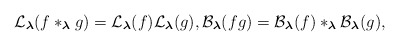
\begin{align*}\mathcal{L}_{\boldsymbol{\lambda}}(f\ast_{\boldsymbol{\lambda}} g)=\mathcal{L}_{\boldsymbol{\lambda}}(f)\mathcal{L}_{\boldsymbol{\lambda}}(g), \mathcal{B}_{\boldsymbol{\lambda}}(fg)=\mathcal{B}_{\boldsymbol{\lambda}}(f)\ast_{\boldsymbol{\lambda}}\mathcal{B}_{\boldsymbol{\lambda}}(g),\end{align*}